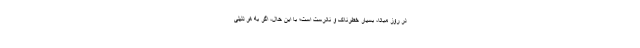
در روز مبادا، بسیار خطرناک و نادرست است؛ با این حال، اگر به هر دلیلی